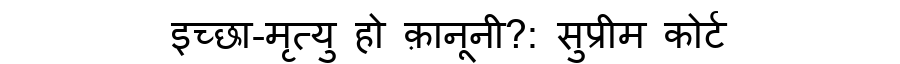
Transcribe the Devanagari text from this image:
इच्छा-मृत्यु हो क़ानूनी?: सुप्रीम कोर्ट